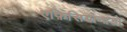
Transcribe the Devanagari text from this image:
एफ़िसियोनाडो